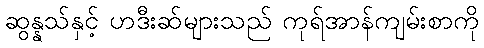
ဆွန္နသ်နှင့် ဟဒီးဆ်များသည် ကုရ်အာန်ကျမ်းစာကို